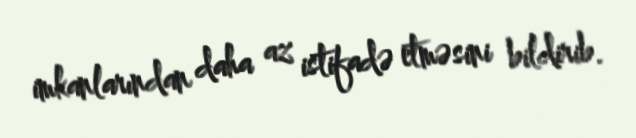
imkanlarından daha az istifadə etməsini bildirib.